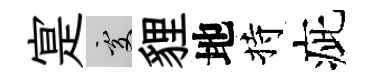
寔處貍地持疵